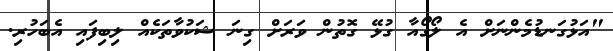
"އަޅުގަނޑުމެންނަށް އެ ލޯގޯއާ ގުޅޭ ގޮތުން ވަރަށް ގިނަ ޝަކުވާތަކެއް ލިބިފައި އެބަހުރި.